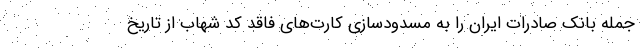
جمله بانک صادرات ایران را به مسدودسازی کارت‌های فاقد کد شهاب از تاریخ